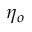
\eta _ { o }